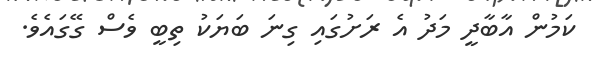
ކަމުން އާބާދީ މަދު އެ ރަށުގައި ގިނަ ބަޔަކު ތިބީ ވެސް ގޭގައެވެ.